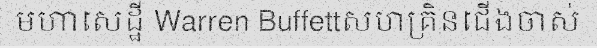
មហាសេដ្ឋី Warren Buffettសហគ្រិនជើងចាស់